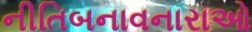
નીતિબનાવનારાઓ